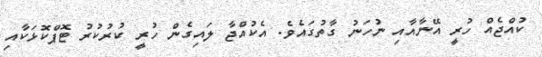
ކުއްޖެއް ހުރީ އޭނާއާއި ނުހަނު ގާތުގައެވެ. އެކުއްޖާ ލައިގެން ހުރީ ކުރުކުރު ޓޮޕްކޮޅަކާއި